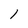
Character: l